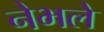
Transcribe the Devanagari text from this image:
नेभले